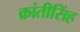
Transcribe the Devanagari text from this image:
क्रांतीसिंह